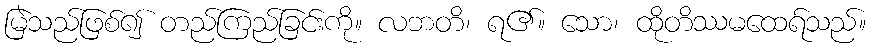
မြဲသည်ဖြစ်၍ တည်ကြည်ခြင်းကို။ လဘတိ၊ ရ၏။ သော၊ ထိုတိဿမထေရ်သည်။